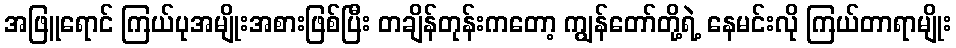
အဖြူရောင် ကြယ်ပုအမျိုးအစားဖြစ်ပြီး တချိန်တုန်းကတော့ ကျွန်တော်တို့ရဲ့ နေမင်းလို ကြယ်တာရာမျိုး